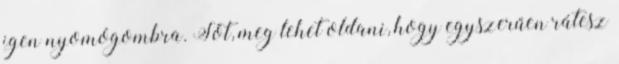
igen nyomógombra. Sőt, meg lehet oldani, hogy egyszerűen rátesz